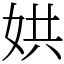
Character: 娂